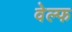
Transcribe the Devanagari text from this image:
वेल्फ